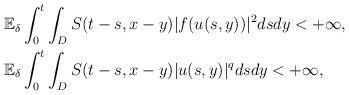
LaTeX: \begin{align*}\begin{aligned}& \mathbb E_{\delta} \int_0^t \int_D S(t-s,x-y) |f(u(s,y))|^{2}dsdy <+\infty,\\& \mathbb E_{\delta} \int_0^t \int_D S(t-s,x-y) |u(s,y)|^{q}dsdy <+\infty,\\\end{aligned}\end{align*}